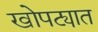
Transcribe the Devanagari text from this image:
खोपट्यात